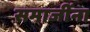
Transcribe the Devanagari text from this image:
समाजींना